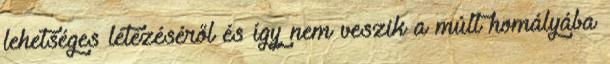
lehetséges létezéséről és így nem veszik a múlt homályába